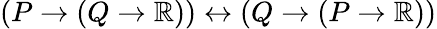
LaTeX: (P\to(Q\to\mathbb{R}))\leftrightarrow(Q\to(P\to\mathbb{R}))